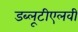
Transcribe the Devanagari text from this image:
डब्लूटीएलवी